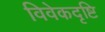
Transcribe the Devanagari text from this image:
विवेकदृष्टि